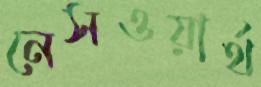
নেসওয়ার্থ